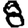
Digit: 8